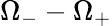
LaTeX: \Omega_{-}-\Omega_{+}